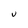
Character: U